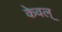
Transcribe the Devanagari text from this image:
केवल्